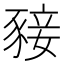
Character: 𧱙